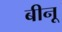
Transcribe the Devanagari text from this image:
बीनू